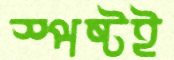
স্পষ্টই